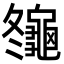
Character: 䶱